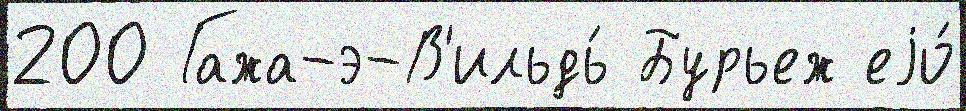
200 Гажа-э-В'ильдь́ Бурьеж еjо́